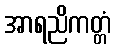
အာရညိကတ္တံ